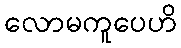
လောမကူပေဟိ